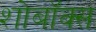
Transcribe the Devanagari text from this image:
शोबॉक्स